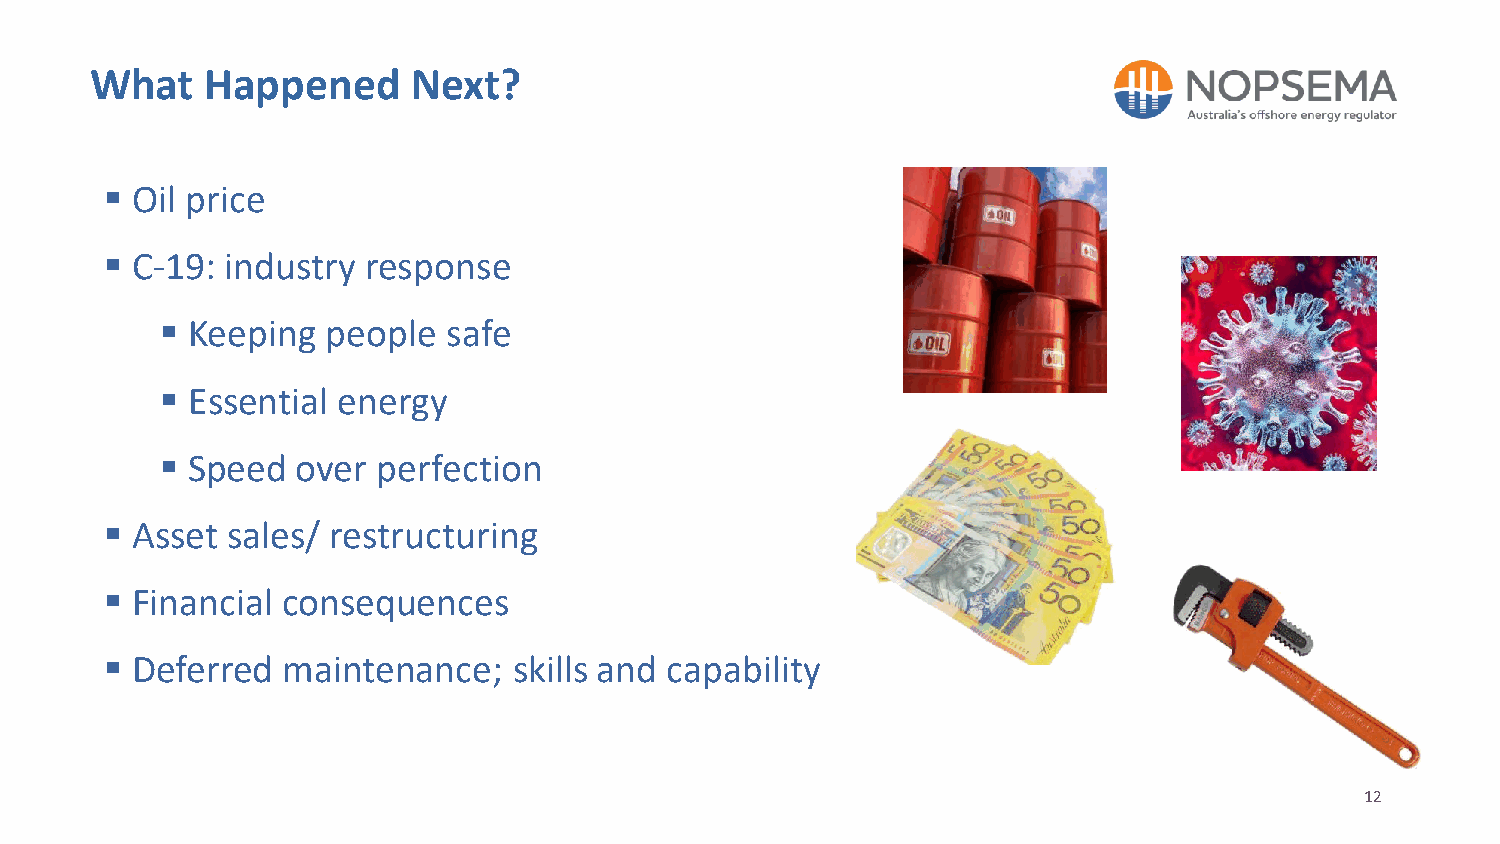
What    Happened     Next?
  Oil price
  C-19: industry response
  Keeping  people  safe
  Essential energy
  Speed  over perfection
  Asset sales/ restructuring
  Financial consequences
  Deferred  maintenance;   skills and capability
 12